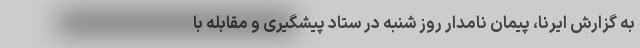
به گزارش ایرنا، پیمان نامدار روز شنبه در ستاد پیشگیری و مقابله با